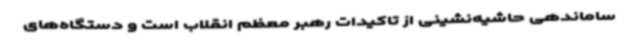
ساماندهی حاشیه‌نشینی از تاکیدات رهبر معظم انقلاب است و دستگاه‌های